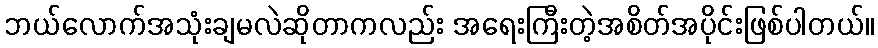
ဘယ်လောက်အသုံးချမလဲဆိုတာကလည်း အရေးကြီးတဲ့အစိတ်အပိုင်းဖြစ်ပါတယ်။